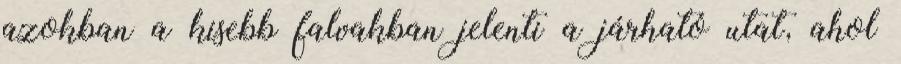
azokban a kisebb falvakban jelenti a járható utat, ahol